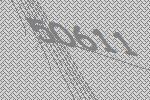
50611